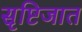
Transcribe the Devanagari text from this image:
सृष्टिजात